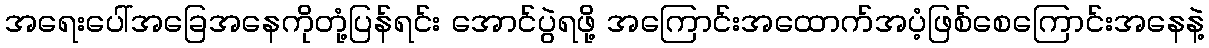
အရေးပေါ်အခြေအနေကိုတုံ့ပြန်ရင်း အောင်ပွဲရဖို့ အကြောင်းအထောက်အပံ့ဖြစ်စေကြောင်းအနေနဲ့